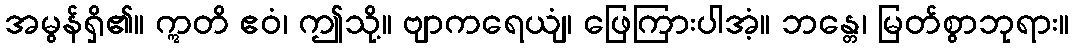
အမွန်ရှိ၏။ ဣတိ ဧဝံ၊ ဤသို့။ ဗျာကရေယျံ၊ ဖြေကြားပါအံ့။ ဘန္တေ၊ မြတ်စွာဘုရား။